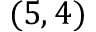
( 5 , 4 )